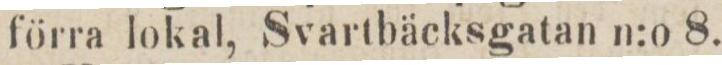
förra lokal, Svartbäcksgatan n:o 8.